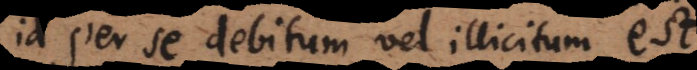
is per se debitum vel illicitum est.